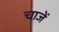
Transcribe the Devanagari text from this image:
चाजें